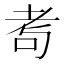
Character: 耉